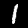
Digit: 1